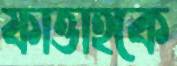
ফাত্তাহকে